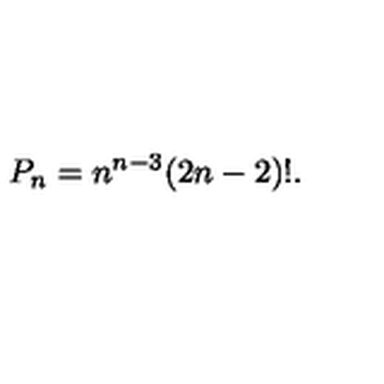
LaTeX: P _ { n } = n ^ { n - 3 } ( 2 n - 2 ) ! .